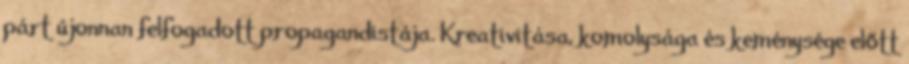
párt újonnan felfogadott propagandistája. Kreativitása, komolysága és keménysége előtt